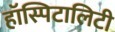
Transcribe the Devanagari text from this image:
हॉस्पिटालिटी